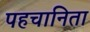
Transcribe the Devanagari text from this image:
पहचानिता